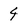
Character: 4